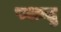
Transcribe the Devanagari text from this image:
पशन्तु